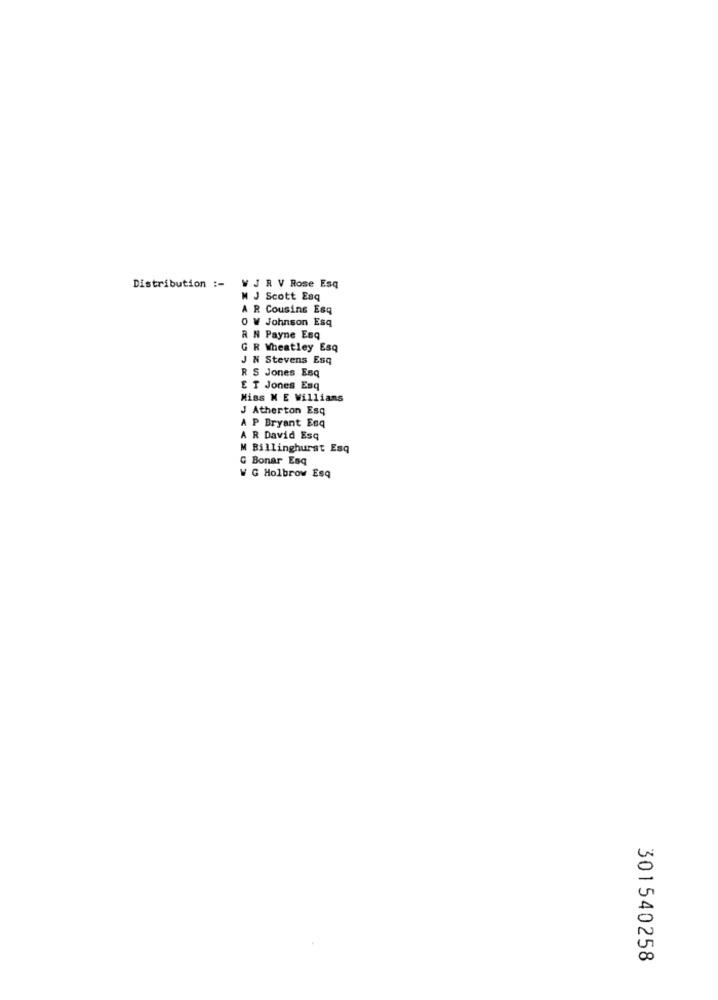
Distribution :- W J R V Rose Esq
M J Scott Esq
A R Cousins Esq
0 V Johnson Esq
R N Payne Esq
G R Wheatley Esq
J N Stevens Esq
R S Jones Esq
E T Jones Esq
Miss N E Willians
J Atherton Esq
A P Bryant Esq
A R David Esq
M Billinghurst Esq
G Bonar Esq
W G Holbrow Esq
301540258